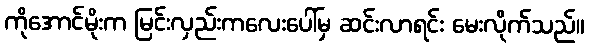
ကိုအောင်မိုးက မြင်းလှည်းကလေးပေါ်မှ ဆင်းလာရင်း မေးလိုက်သည်။